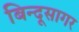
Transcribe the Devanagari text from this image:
बिन्दूसागर